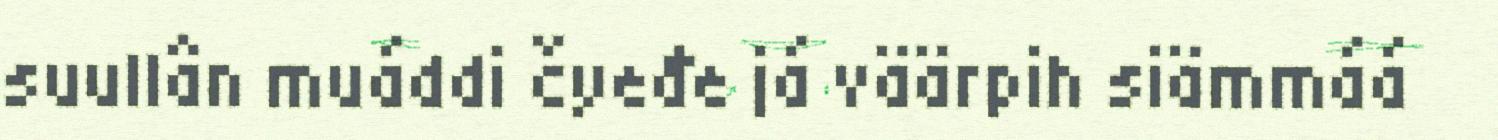
suullân muáddi čyeđe já väärpih siämmáá